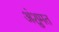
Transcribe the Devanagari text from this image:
अंशुमत